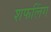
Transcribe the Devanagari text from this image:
शफलिंग